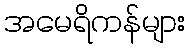
အမေရိကန်များ